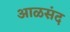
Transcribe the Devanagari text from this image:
आळसंद